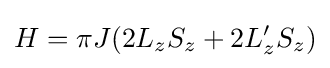
H=\pi J(2L_{z}S_{z}+2L_{z}'S_{z})